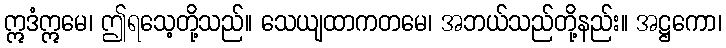
ဣဒံဣမေ၊ ဤရသေ့တို့သည်။ သေယျထာကတမေ၊ အဘယ်သည်တို့နည်း။ အဋ္ဌကော၊